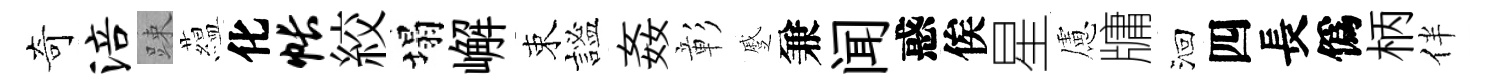
奇涪踈藴化帐絞塌嶰束謐姦彰蹙兼闻惑俟星慮牗洄四長僞柄伴